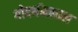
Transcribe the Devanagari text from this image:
गोवर्धनलाल